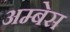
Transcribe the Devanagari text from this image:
अम्बेस